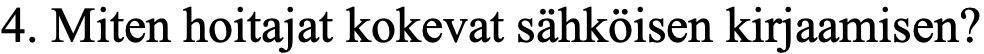
4. Miten hoitajat kokevat sähköisen kirjaamisen?